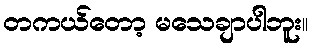
တကယ်တော့ မသေချာပါဘူး။